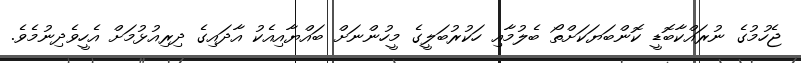
ޖެހުމުގެ ނުރައްކާބޮޑީ ކޮންބަޔަކަށްތޯ ބެލުމާއި ހަކުރުބަލީގެ މީހުންނަށް ބައްޔާއިއެކު އާދައިގެ ދިރިއުޅުމަށް އެހީވެދިނުމެވެ.